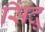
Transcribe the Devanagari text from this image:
सिंदू